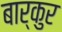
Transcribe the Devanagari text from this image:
बार्कुर